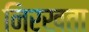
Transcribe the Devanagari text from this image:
निरखता